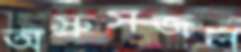
অস্রুসজল